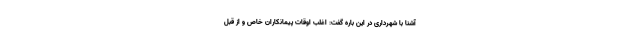
آشنا با شهرداری در این باره گفت: اغلب اوقات پیمانکاران خاص و از قبل